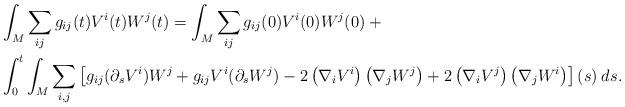
LaTeX: \begin{align*} & \int_M \sum_{ij} g_{ij}(t) V^i(t) W^j(t) = \int_M \sum_{ij} g_{ij}(0) V^i(0) W^j(0) \: + \\& \int_0^t \int_M \sum_{i,j} \left[g_{ij} (\partial_s V^i) W^j + g_{ij} V^i (\partial_s W^j) -2 \left( \nabla_i V^i \right) \left( \nabla_j W^j \right) + 2 \left( \nabla_i V^j \right) \left( \nabla_j W^i \right) \right](s) \:ds. \end{align*}